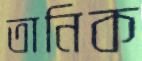
তানিক